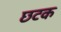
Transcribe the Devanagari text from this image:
छटक